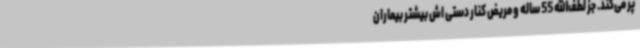
پر می‌کند. جز لطف‌الله 55 ساله و مریض کنار دستی اش بیشتر بیماران